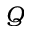
Q